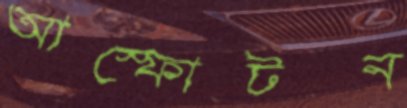
আস্ফোটন